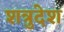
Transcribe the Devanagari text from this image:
शत्रुदेश